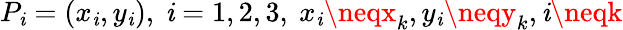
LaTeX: P_{\mathit{i}}=(x_{\mathit{i}},y_{\mathit{i}}),\ \mathit{i}=1,2,3,\ x_{\mathit{i}}\neqx_{k},y_{\mathit{i}}\neqy_{k},\mathit{i}\neqk